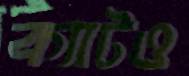
ক্যাটও